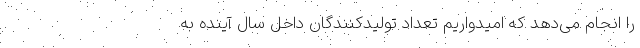
را انجام می‌دهد که امیدواریم تعداد تولیدکنندگان داخل سال آینده به